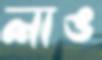
লাঙ